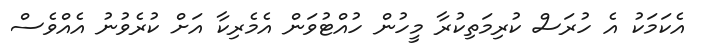
އެކަމަކު އެ ހުރަސް ކުރިމަތިކުރާ މީހުން ހުއްޓުވަން އެމެރިކާ އަށް ކުރެވުނު އެއްވެސް